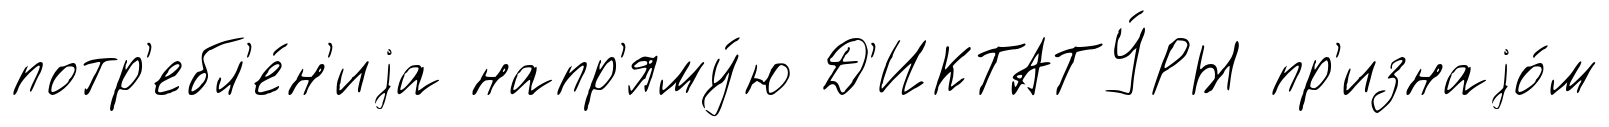
потр'ебл'е́н'иjа напр'яму́ю Д'ИКТАТУ́РЫ пр'изнаjо́м